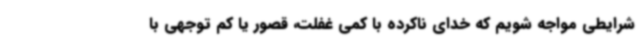
شرایطی مواجه شویم که خدای ناکرده با کمی غفلت، قصور یا کم توجهی با